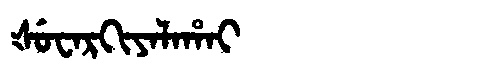
Manchu: ᡧᡠᠸᠠᡵᡴᡳᠶᠠᠯᠠᡥᠠᡳ
Romanization: ŠUWARKIYALAHAI